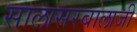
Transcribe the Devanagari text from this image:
सालासरबालाजी